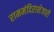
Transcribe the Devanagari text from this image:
राममंदिराशेजारी